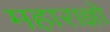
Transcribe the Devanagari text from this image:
महाराज्ञो